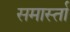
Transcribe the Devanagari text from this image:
समार्स्ता